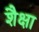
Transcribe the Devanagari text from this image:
शैक्षा